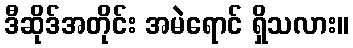
ဒီဆိုဒ်အတိုင်း အမဲရောင် ရှိသလား။